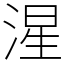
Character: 湦